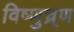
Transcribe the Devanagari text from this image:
विष्णुच्र्ण